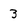
Character: 3